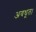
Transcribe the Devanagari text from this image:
अवधूत।